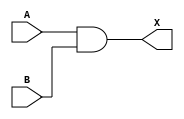
module testingModule (
    A,B,X
);

input A; 
input B; 
output X; 

assign X = A & B; 

endmodule